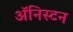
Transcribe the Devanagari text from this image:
अॅनिस्टन